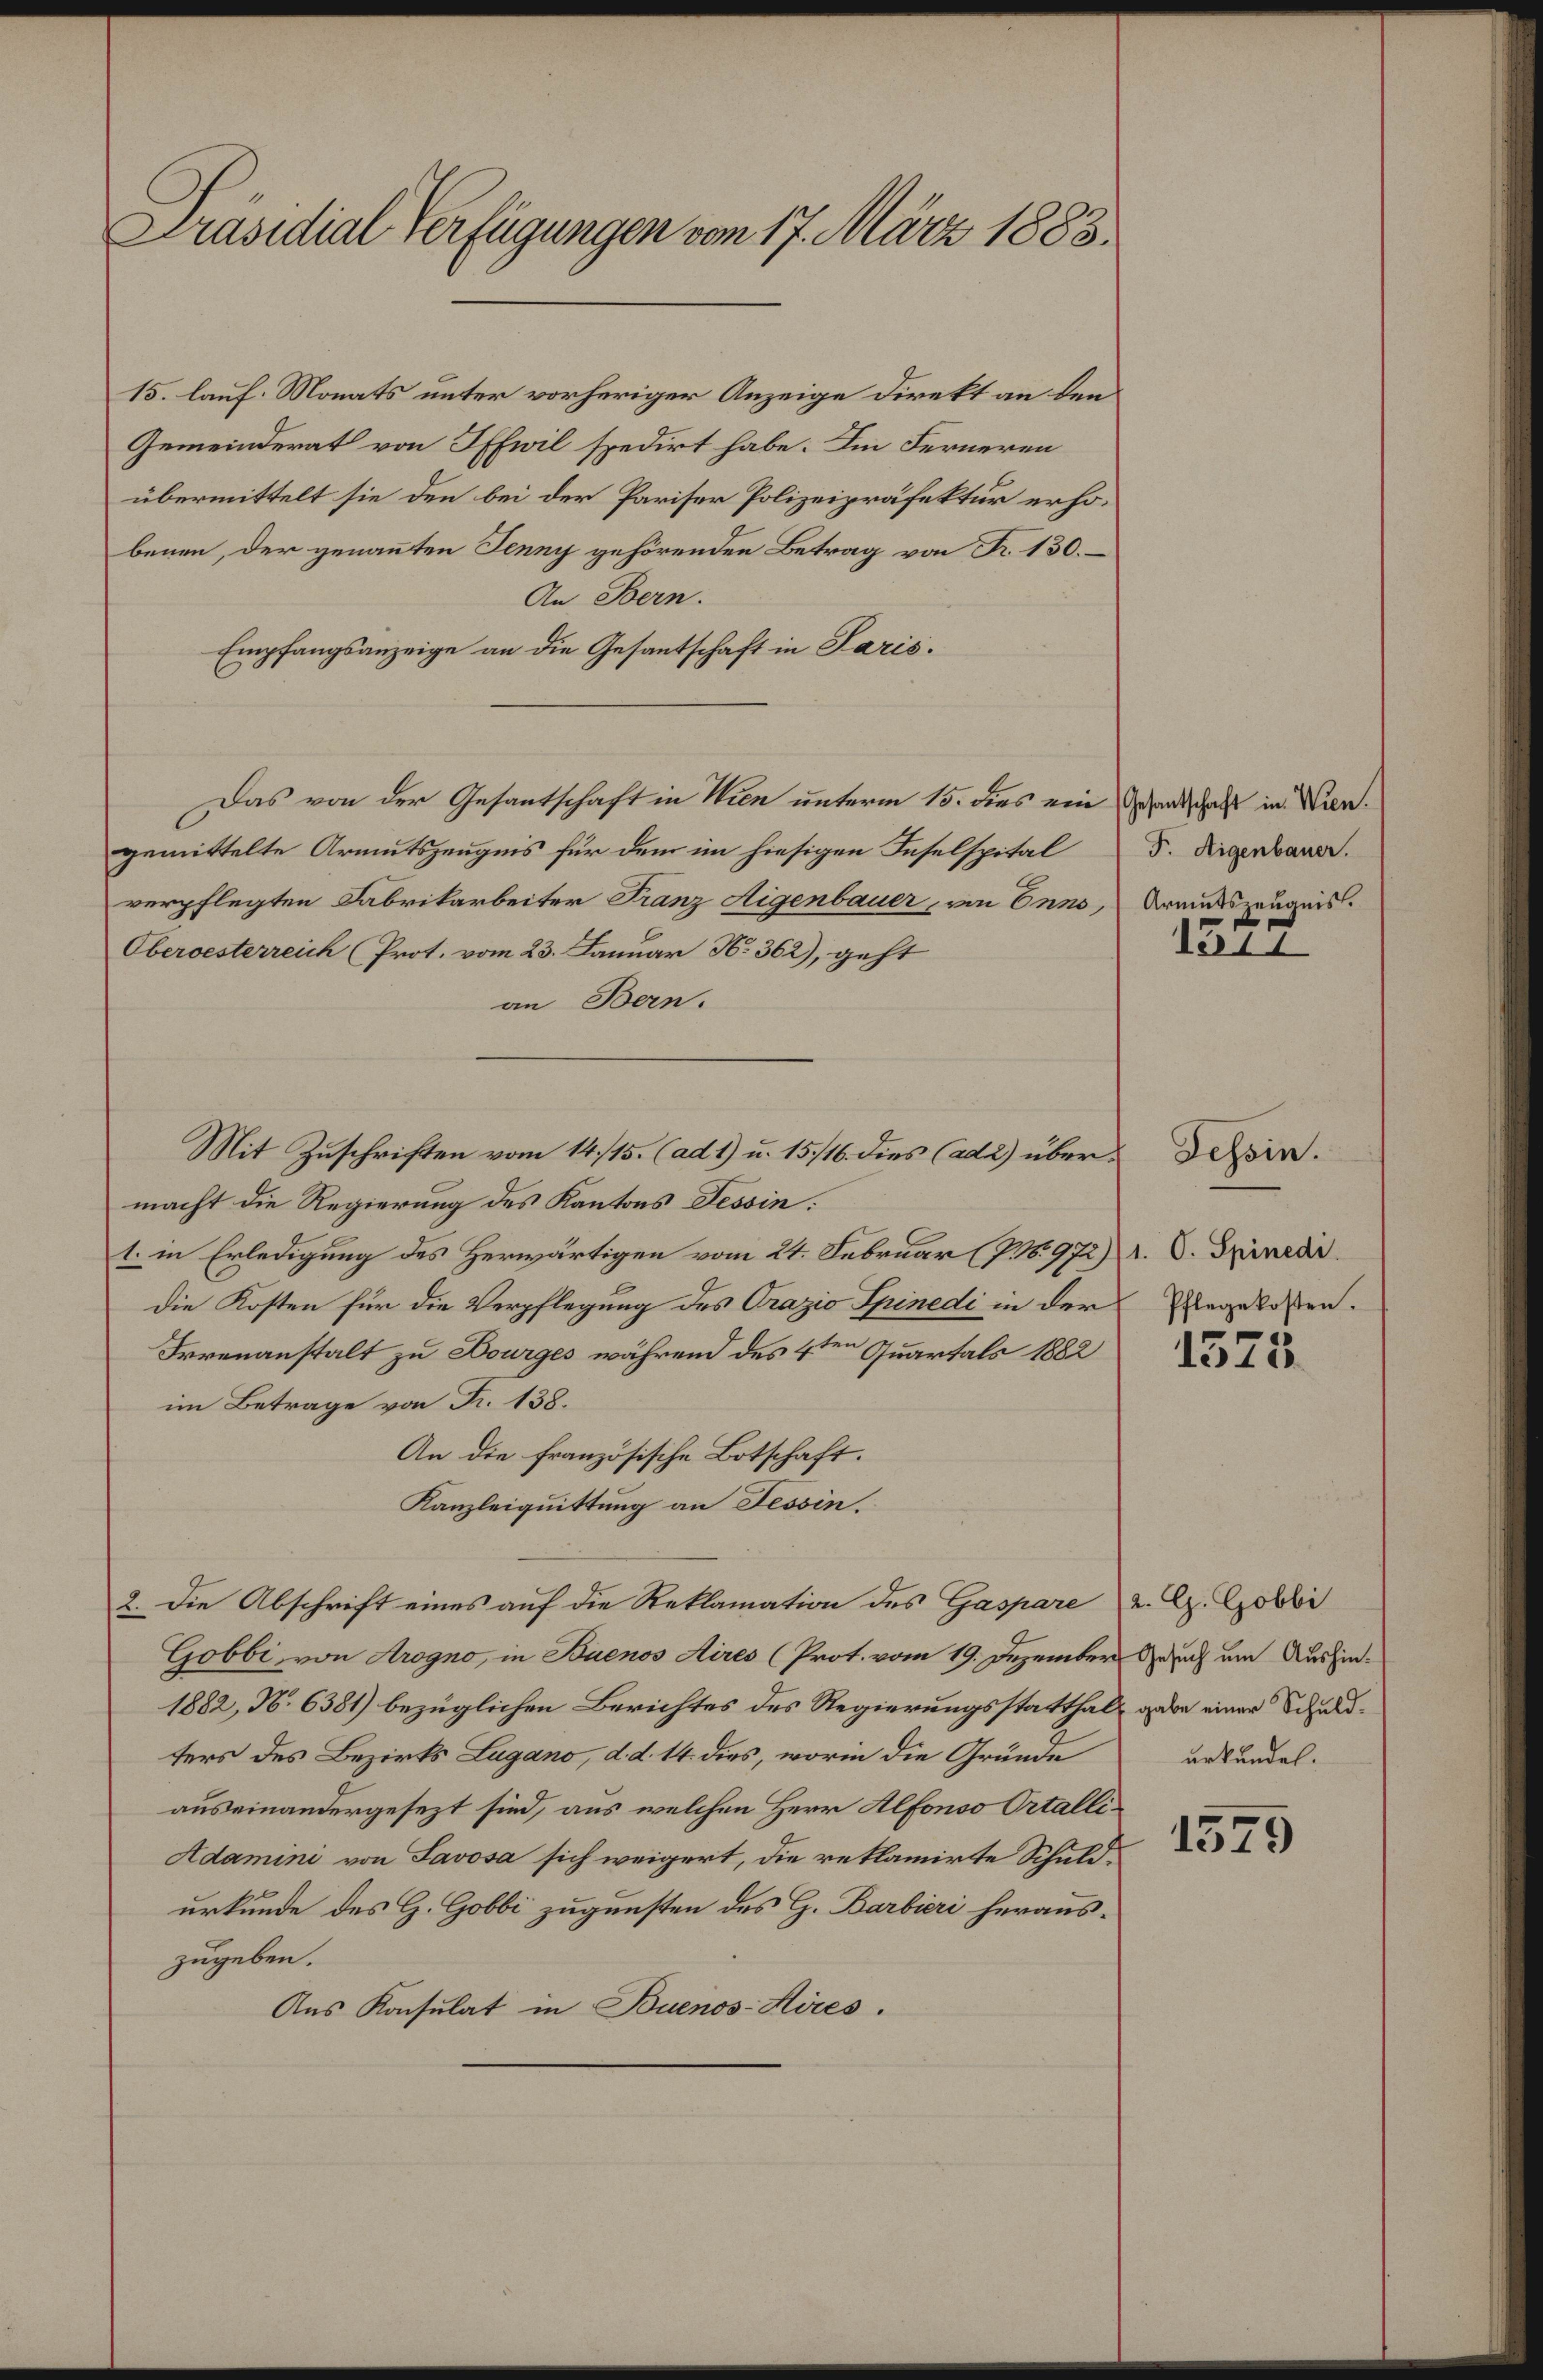
Präsidial Verfügungen vom 17. März 1883.

15. lauf. Monats unter vorheriger Anzeige direkt an den
Gemeinderat von Iffwil spedirt habe. Im Ferneren
übermittelt sie den bei der Pariser Polizeipräfektur erhobenen, der genannten Jenny gehörenden Betrag von R. 130.
An Bern.
Empfangsanzeige an die Gesantschaft in Paris.
Das von der Gesantschaft in Wien unterm 15. dies ein Grandschaft in Wiengemittelte Armutszeugnis für dem im hiesigen Inselspital
verpflegten Fabrikarbeiter Franz Aigenbauer, von Enns, Armutszeugnis.
Oberoesterreich (Prot. vom 23. Januar N. 362), geht
an Bern.
Mit Zuschriften vom 14./15. (ad 1) u. 15/16. dies (ad 2) übermacht die Regierung des Kantons Tessin:
1. in Erledigung des Herwärtigen vom 21. Februar (PN. 97. 1. O. Spinedi
die Kosten für die Verpflegung des Crazio Spinedi in der
Irrenanstalt zu Dourges während des 4ten Quartals 1882
im Betrage von Fr. 138.
An die französische Botschaft.
Kanzleiquittung an Tessin,
2. Die Abschrift eines auf die Reklamation des Gaspare u. G. Gobbi
Gobbi, von Arogno, in Buenos Aires (Prot. vom 19. Dezember auch um Aushin¬
1882, No 6381) bezüglichen Berichtes des Regierungsstatthalt gebe einer Schuldters des Bezirks Lugano, d. d. 14. dies, worin die Gründe
auseinandergesezt sind, aus welchen Herr Alfonso Ortalli¬
Adamini von Savosa sich weigert, die reklamirte Schuldurkunde des G. Gobbi zugunsten des G. Barbieri herauszugeben.
Aus Konsulat in Buenos-Hires.

F. Aigenbauer.
f

1511

Pflegekosten.

Tessin.

e
1318

urkundet.

1575